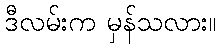
ဒီလမ်းက မှန်သလား။